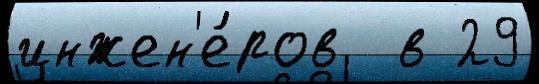
инжен'е́ров  в 29